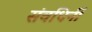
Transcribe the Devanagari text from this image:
संवधिर्नी